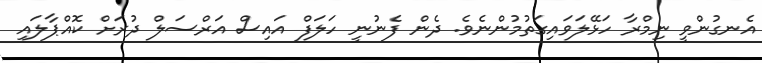
އެނގުންވީ ނިމްރާ ހަޅޭލަވައިގަތުމުންނެވެ. ދެން ފެނުނީ ހަލަފް އައިސް އަރްސަލް ދުރަށް ކޮއްޕާލައި